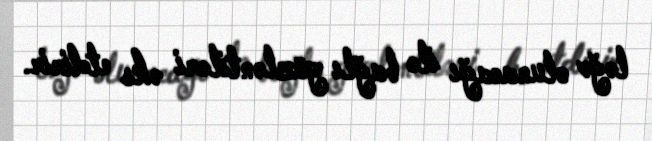
ləğv olunacağı ilə bağlı gözləntiləri əks etdirir.